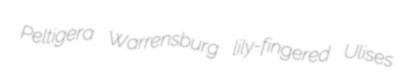
Peltigera Warrensburg lily-fingered Ulises